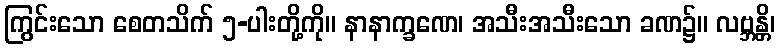
ကြွင်းသော စေတသိက် ၅-ပါးတို့ကို။ နာနာက္ခဏေ၊ အသီးအသီးသော ခဏ၌။ လဗ္ဘန္တိ၊